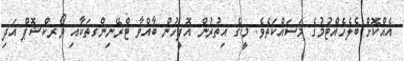
އެއްކޮށް ބެލެހެއްޓުމުގެ މަސައްކަތެވެ. މީގެ އިތުރުން އޮފީހުން ބާއްވާ ޓްރޭނިންގތަކާއި ވޯރކްޝޮޕް އަދި